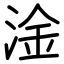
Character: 淦